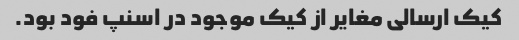
کیک ارسالی مغایر از کیک موجود در اسنپ فود بود.